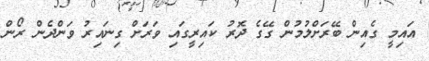
އައިމީ ގެއިން ބޭރަށްލުމުން ގޭގެ ދޮރު ކައިރީގައި ވަރަށް ގިނައިރު ވަންދެން ރޯން